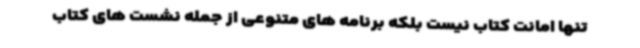
تنها امانت کتاب نیست بلکه برنامه های متنوعی از جمله نشست های کتاب